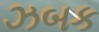
ઝબક